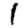
Digit: 1